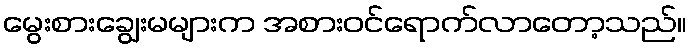
မွေးစားချွေးမများက အစားဝင်ရောက်လာတော့သည်။